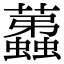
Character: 𧔏